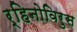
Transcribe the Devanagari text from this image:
र्हिनोविरुस